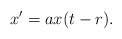
\begin{align*}x^{\prime }=ax(t-r). \end{align*}